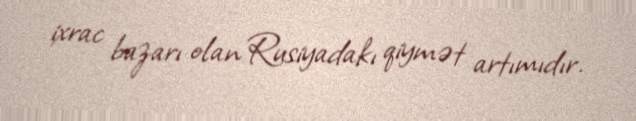
ixrac bazarı olan Rusiyadakı qiymət artımıdır.